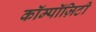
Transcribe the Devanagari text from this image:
कॉम्पॉज़िटी